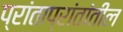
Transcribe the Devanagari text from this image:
प्रांताप्रांतांतील